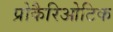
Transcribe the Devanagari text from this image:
प्रोकैरिओटिक